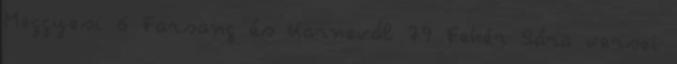
Meggyesi 6 Farsang és Karnevál 79 Fehér Sára versei